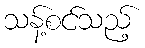
သန့်စင်သည့်